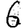
Digit: 6